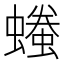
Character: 𧑞